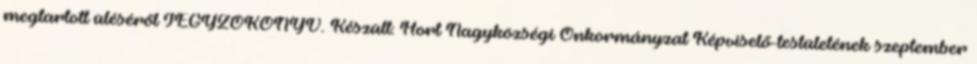
megtartott üléséről JEGYZŐKÖNYV. Készült: Hort Nagyközségi Önkormányzat Képviselő-testületének szeptember